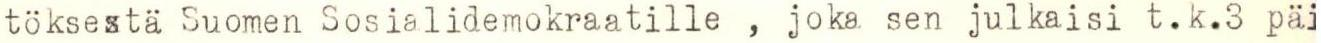
töksestä Suomen Sosialidemokraatille , joka sen julkaisi t.k.3 päi